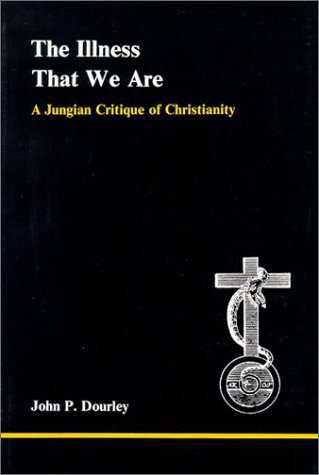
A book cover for Illness That We Are: A Jungian Critique of Christianity (Studies in Jungian Psychology By Jungian Analysts); John P. Dourley; Religion & Spirituality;